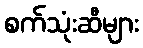
စက်သုံးဆီများ